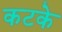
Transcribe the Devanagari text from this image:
कटके